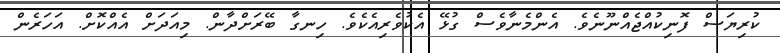
ކުރިޔަސް ފޮނިކުއްޖެއްނޫނެވެ. އެންމެނާވެސް ގުޅޭ އެކުވެރިއެކެވެ. ހިނގާ ބޭރަށްދާން. މިއަދަށް އެއްކޮށް. އަހަރެން